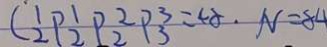
C _ { 2 } ^ { 1 } P _ { 2 } ^ { 1 } P _ { 2 } ^ { 2 } P _ { 3 } = 4 8 . N = 8 4